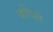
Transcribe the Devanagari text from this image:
कोंचते